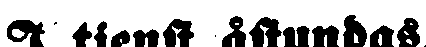
I tjenst åstundas.